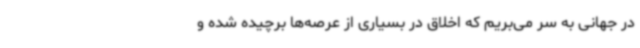
در جهانی به سر می‌بریم که اخلاق در بسیاری از عرصه‌ها برچیده شده و